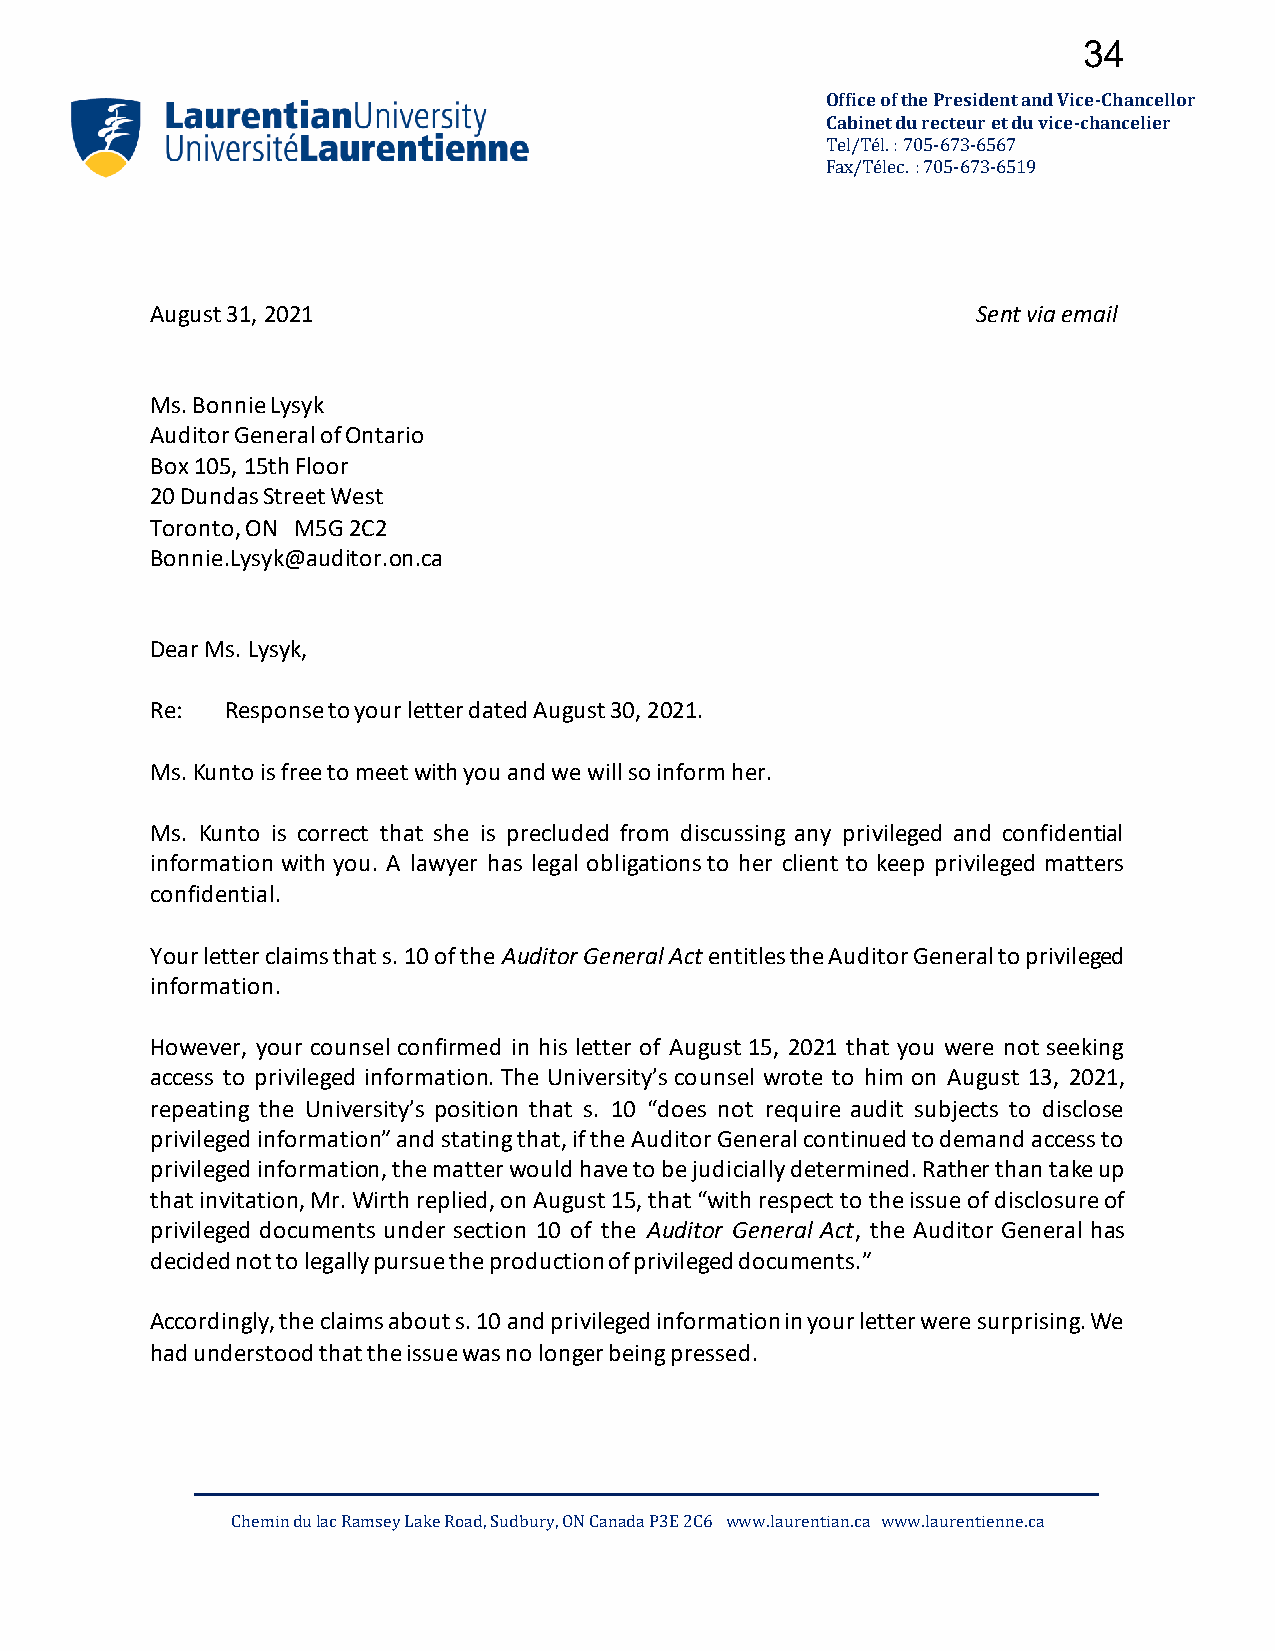
34
 Office of the President and Vice-Chancellor
 Cabinet du recteur et du vice-chancelier
 Tel/Tél. : 705-673-6567
 Fax/Télec. : 705-673-6519
 August 31, 2021                                        Sent via email
 Ms. Bonnie Lysyk
 Auditor General of Ontario
 Box 105, 15th Floor
 20 Dundas Street West
 Toronto, ON M5G 2C2
 Bonnie.Lysyk@auditor.on.ca
 Dear Ms. Lysyk,
 Re:  Response to your letter dated August 30, 2021.
 Ms. Kunto is free to meet with you and we will so inform her.
 Ms. Kunto is correct that she is precluded from discussing any privileged and confidential
 information with you. A lawyer has legal obligations to her client to keep privileged matters
 confidential.
 Your letter claims that s. 10 of the Auditor General Act entitles the Auditor General to privileged
 information.
 However, your counsel confirmed in his letter of August 15, 2021 that you were not seeking
 access to privileged information. The University’s counsel wrote to him on August 13, 2021,
 repeating the University’s position that s. 10 “does not require audit subjects to disclose
 privileged information” and stating that, if the Auditor General continued to demand access to
 privileged information, the matter would have to be judicially determined. Rather than take up
 that invitation, Mr. Wirth replied, on August 15, that “with respect to the issue of disclosure of
 privileged documents under section 10 of the Auditor General Act, the Auditor General has
 decided not to legally pursue the production of privileged documents.”
 Accordingly, the claims about s. 10 and privileged information in your letter were surprising. We
 had understood that the issue was no longer being pressed.
 Chemin du lac Ramsey Lake Road, Sudbury, ON Canada P3E 2C6 www.laurentian.ca www.laurentienne.ca